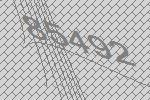
85492